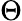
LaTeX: \Theta